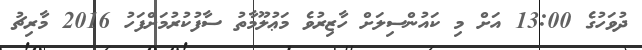
ދުވަހުގެ 13:00 އަށް މި ކައުންސިލަށް ހާޒިރުވެ މަޢުލޫމާތު ސާފުކުރުމަށްފަހު 2016 މާރިޗު